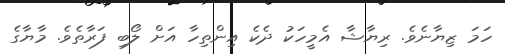
ހަމަ ޒިޔާނެވެ. ރިޔާޝާ އެމީހަކު ދެކެ އިންތިހާ އަށް ލޯބި ފަރާތެވެ. މާޔާގެ